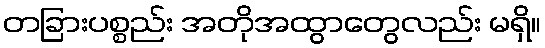
တခြားပစ္စည်း အတိုအထွာတွေလည်း မရှိ။